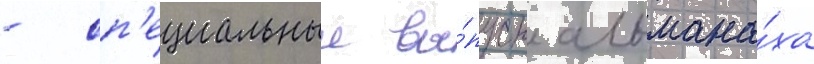
- сп'ециальныи вы́пуск альмана́ха